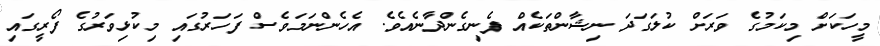
މީހަކަށް މިކަމުގެ ވަރަށް ކުލަގަދަ ނިޝާންތަކެއް ފެނިގެންދާނެއެވެ. އެހެންނަމަވެސް ފަހަރުގައި މިކުޅިވަރުގެ ފޯރީގައި